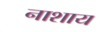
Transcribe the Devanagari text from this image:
नाशाय